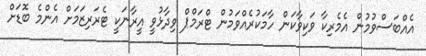
އެއްބަސްވުމުން އެމެރިކާ ވަކިވާކަން ހާމަކުރެއްވަމުން ޓްރަމްޕް ވިދާޅުވީ އީރާނަކީ ޓެރަރިޒަމަށް އެންމެ ބޮޑަށް